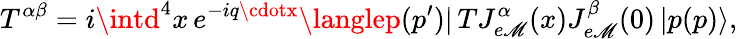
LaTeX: T^{\alpha\beta}=i\intd^{4}x\, e^{-iq\cdotx}\langlep(p^{\prime})|\, TJ_{e\mathscr{M}}^{\alpha}(x)J_{e\mathscr{M}}^{\beta}(0)\, |p(p)\rangle,